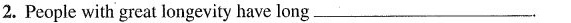
2. People with great longevity have long___.